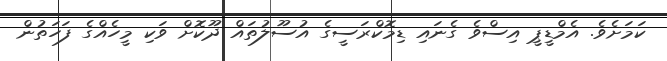
ކަމަށެވެ. އެމްޑީޕީ އިސްވެ ގެނައި ޑިމޮކްރަސީގެ އުސޫލުތައް ދޫކޮށް ވަކި މީހެއްގެ ފަހަތުން